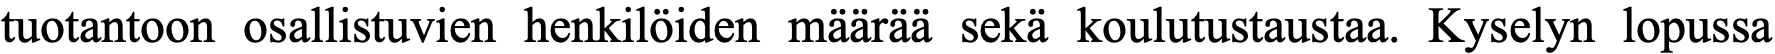
tuotantoon osallistuvien henkilöiden määrää sekä koulutustaustaa. Kyselyn lopussa